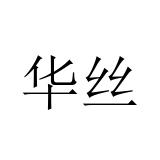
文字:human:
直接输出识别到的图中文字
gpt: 华丝